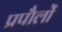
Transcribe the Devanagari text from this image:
प्रपौलों